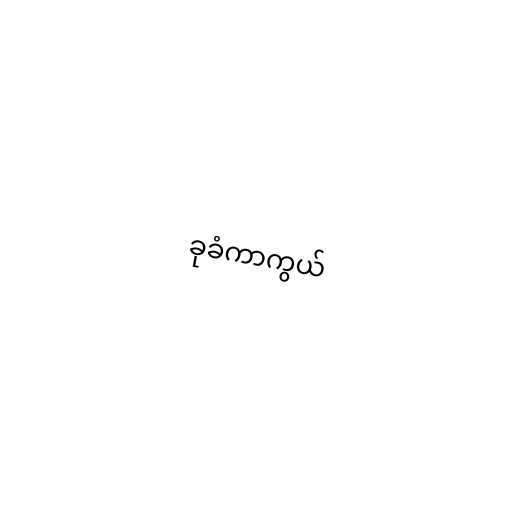
ခုခံကာကွယ်